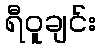
ရီဝူချင်း